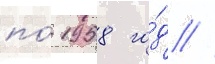
по́ 1958 го́д //